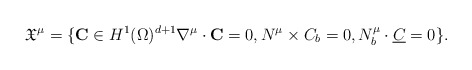
\begin{align*}\mathfrak{X}^\mu=\{{\bf C}\in H^1(\Omega)^{d+1}\nabla^\mu\cdot {\bf C}=0, N^\mu\times C_b=0, N_b^\mu\cdot\underline{ C}=0\}.\end{align*}